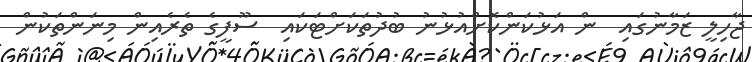
ޖާހިލީ ޒަމާނުގައި  ން އަޅުކަންކޮށްއުޅުނު ބުދުތަކަށްޓަކައި  ސޫފީގެ ތެރެއިން މިނަންތަކުން